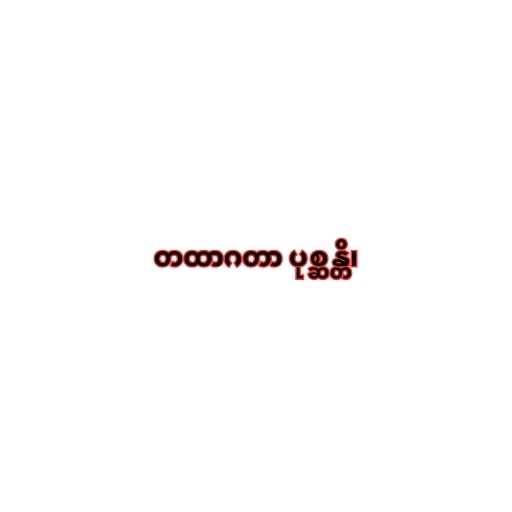
တထာဂတာ ပုစ္ဆန္တိ၊